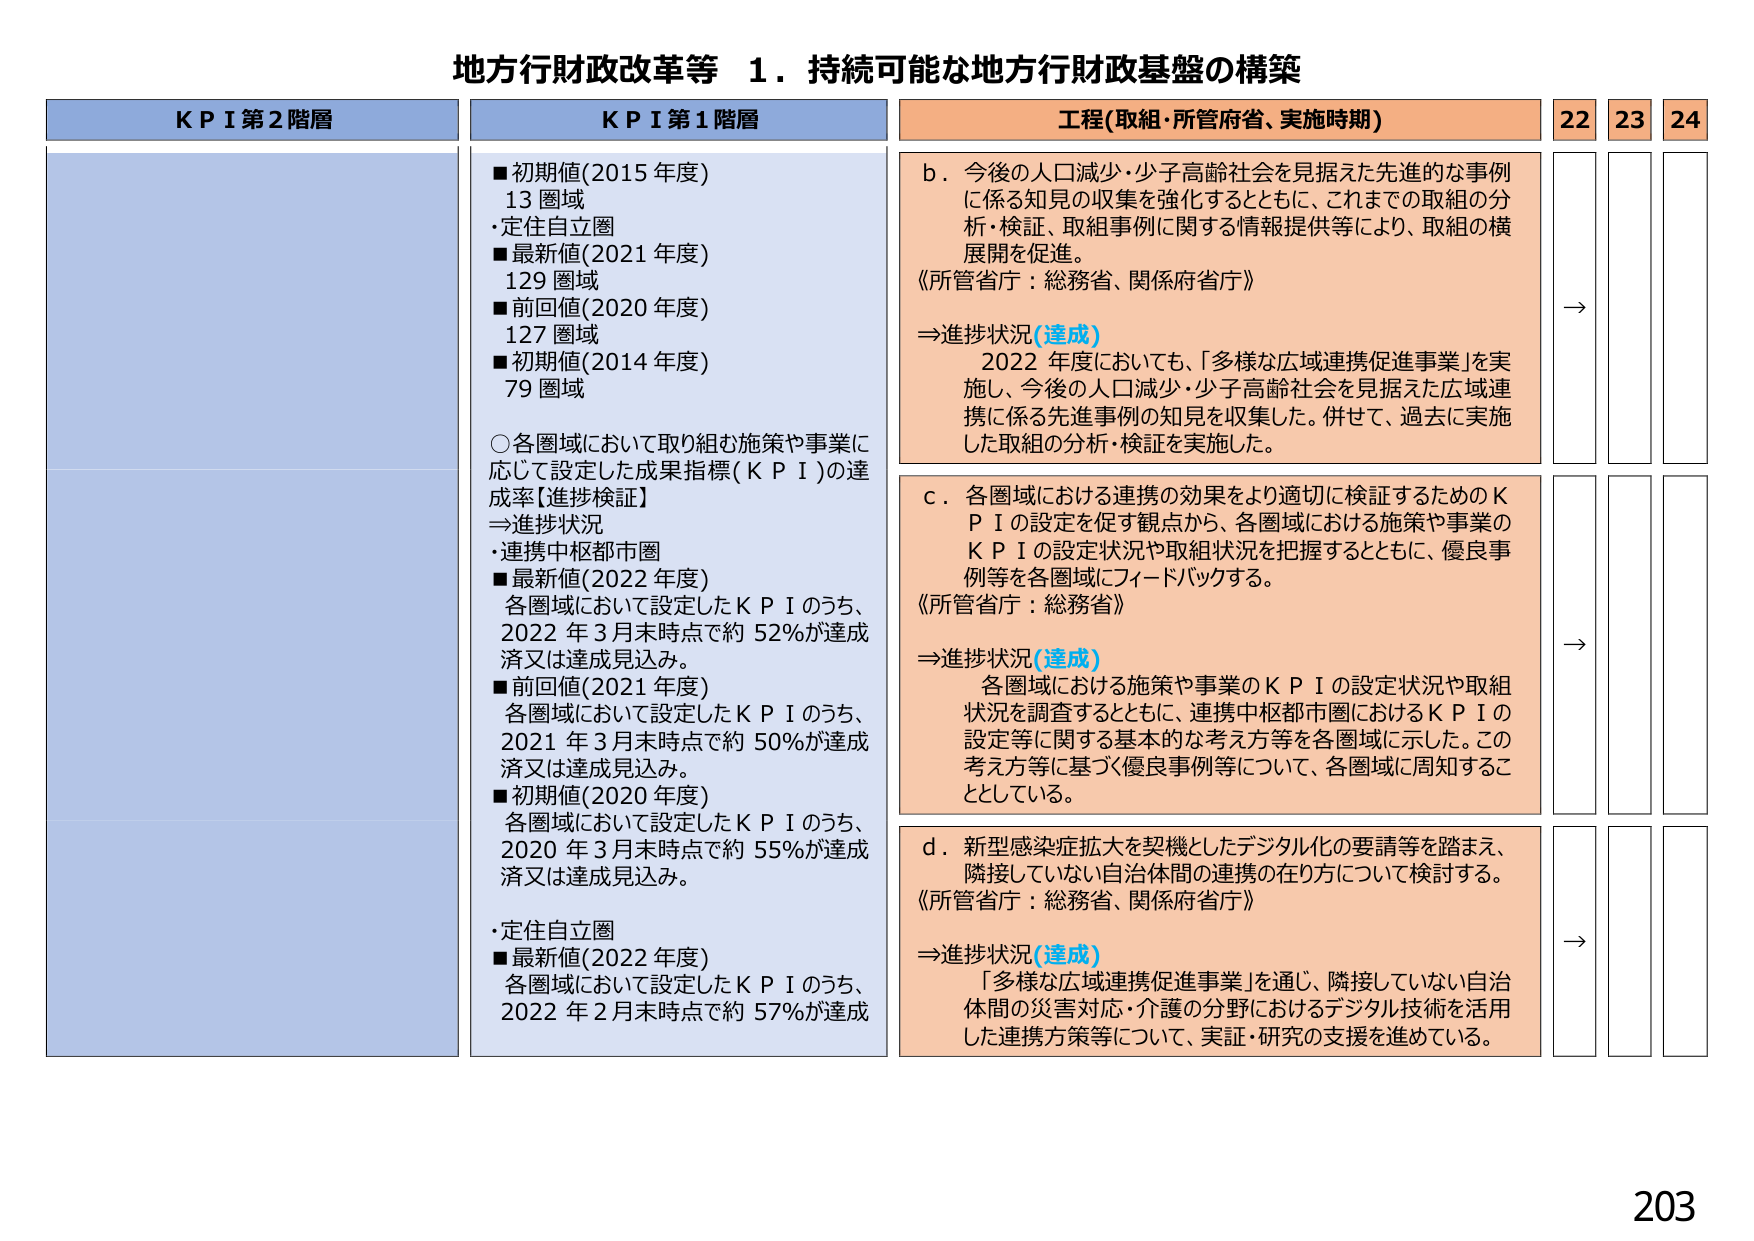
地方行財政改革等 １．持続可能な地方行財政基盤の構築

ＫＰＩ第２階層

ＫＰＩ第１階層
■初期値(2015 年度)
　13 圏域
　・定住自立圏
■最新値(2021 年度)
　129 圏域
■前回値(2020 年度)
　127 圏域
■初期値(2014 年度)
　79 圏域

○各圏域において取り組む施策や事業に
応じて設定した成果指標(ＫＰＩ)の達
成率【進捗検証】
⇒進捗状況
・連携中枢都市圏
■最新値(2022 年度)
　各圏域において設定したＫＰＩのうち、
　2022 年 3 月末時点で約 52％が達成
　済又は達成見込み。
■前回値(2021 年度)
　各圏域において設定したＫＰＩのうち、
　2021 年 3 月末時点で約 50％が達成
　済又は達成見込み。
■初期値(2020 年度)
　各圏域において設定したＫＰＩのうち、
　2020 年 3 月末時点で約 55％が達成
　済又は達成見込み。

・定住自立圏
■最新値(2022 年度)
　各圏域において設定したＫＰＩのうち、
　2022 年 2 月末時点で約 57％が達成

工程(取組・所管府省、実施時期)
ｂ．今後の人口減少・少子高齢社会を見据えた先進的な事例
　に係る知見の収集を強化するとともに、これまでの取組の分
　析・検証、取組事例に関する情報提供等により、取組の横
　展開を促進。
《所管省庁：総務省、関係府省庁》
⇒進捗状況(達成)
　2022 年度においても、「多様な広域連携促進事業」を実
　施し、今後の人口減少・少子高齢社会を見据えた広域連
　携に係る先進事例の知見を収集した。併せて、過去に実施
　した取組の分析・検証を実施した。

ｃ．各圏域における連携の効果をより適切に検証するためのＫ
　ＰＩの設定を促す観点から、各圏域における施策や事業の
　ＫＰＩの設定状況や取組状況を把握するとともに、優良事
　例等を各圏域にフィードバックする。
《所管省庁：総務省》
⇒進捗状況(達成)
　各圏域における施策や事業のＫＰＩの設定状況や取組
　状況を調査するとともに、連携中枢都市圏におけるＫＰＩの
　設定等に関する基本的な考え方等を各圏域に示した。この
　考え方等に基づく優良事例等について、各圏域に周知するこ
　ととしている。

ｄ．新型感染症拡大を契機としたデジタル化の要請等を踏まえ、
　隣接していない自治体間の連携の在り方について検討する。
《所管省庁：総務省、関係府省庁》
⇒進捗状況(達成)
　「多様な広域連携促進事業」を通じ、隣接していない自治
　体間の災害対応・介護の分野におけるデジタル技術を活用
　した連携方策等について、実証・研究の支援を進めている。

22　23　24
→
→
→

203